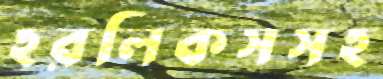
হরলিকসসহ